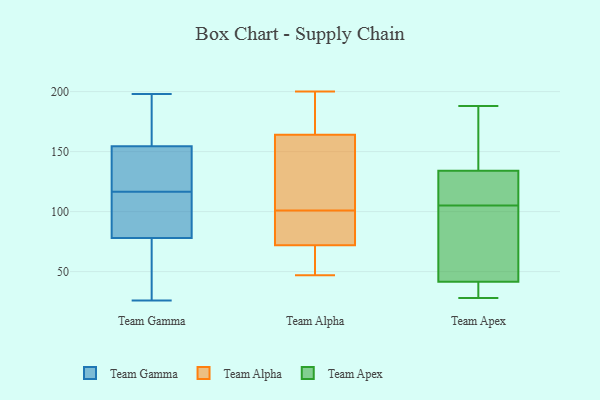
{"axis": {"x": "Temperature (°C)", "y": "Value"}, "legend": ["Team Alpha", "Team Apex", "Team Gamma"], "data": [{"x": "", "y": 26, "type": "Team Gamma"}, {"x": "", "y": 95, "type": "Team Gamma"}, {"x": "", "y": 30, "type": "Team Gamma"}, {"x": "", "y": 86, "type": "Team Gamma"}, {"x": "", "y": 131, "type": "Team Gamma"}, {"x": "", "y": 167, "type": "Team Gamma"}, {"x": "", "y": 35, "type": "Team Gamma"}, {"x": "", "y": 186, "type": "Team Gamma"}, {"x": "", "y": 161, "type": "Team Gamma"}, {"x": "", "y": 198, "type": "Team Gamma"}, {"x": "", "y": 148, "type": "Team Gamma"}, {"x": "", "y": 142, "type": "Team Gamma"}, {"x": "", "y": 147, "type": "Team Gamma"}, {"x": "", "y": 70, "type": "Team Gamma"}, {"x": "", "y": 87, "type": "Team Gamma"}, {"x": "", "y": 102, "type": "Team Gamma"}, {"x": "", "y": 88, "type": "Team Alpha"}, {"x": "", "y": 65, "type": "Team Alpha"}, {"x": "", "y": 200, "type": "Team Alpha"}, {"x": "", "y": 47, "type": "Team Alpha"}, {"x": "", "y": 129, "type": "Team Alpha"}, {"x": "", "y": 158, "type": "Team Alpha"}, {"x": "", "y": 101, "type": "Team Alpha"}, {"x": "", "y": 75, "type": "Team Alpha"}, {"x": "", "y": 166, "type": "Team Alpha"}, {"x": "", "y": 71, "type": "Team Alpha"}, {"x": "", "y": 170, "type": "Team Alpha"}, {"x": "", "y": 188, "type": "Team Apex"}, {"x": "", "y": 44, "type": "Team Apex"}, {"x": "", "y": 124, "type": "Team Apex"}, {"x": "", "y": 124, "type": "Team Apex"}, {"x": "", "y": 79, "type": "Team Apex"}, {"x": "", "y": 133, "type": "Team Apex"}, {"x": "", "y": 161, "type": "Team Apex"}, {"x": "", "y": 34, "type": "Team Apex"}, {"x": "", "y": 137, "type": "Team Apex"}, {"x": "", "y": 105, "type": "Team Apex"}, {"x": "", "y": 28, "type": "Team Apex"}, {"x": "", "y": 40, "type": "Team Apex"}, {"x": "", "y": 42, "type": "Team Apex"}]}